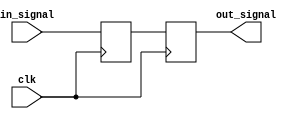
module transmission_gate_delay (
    input wire in_signal,
    input wire clk,
    output reg out_signal
);

reg internal_signal;

always @(posedge clk) begin
    internal_signal <= in_signal;
    out_signal <= internal_signal;
end

endmodule